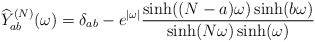
\begin{align*}\widehat{Y}^{(N)}_{ab}(\omega)= \delta_{ab}-e^{|\omega|}\frac{\sinh((N-a)\omega)\sinh(b\omega)}{\sinh(N\omega)\sinh(\omega)}\end{align*}